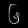
Digit: ၆